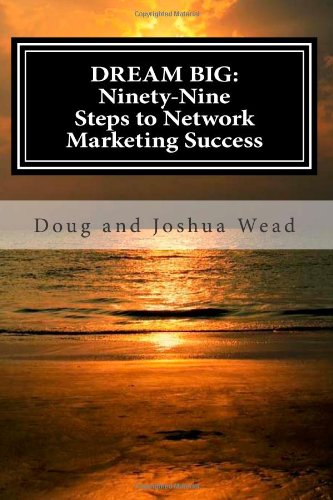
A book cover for DREAM BIG: Ninety-nine Steps to Network Marketing Success; Doug Wead; Health, Fitness & Dieting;